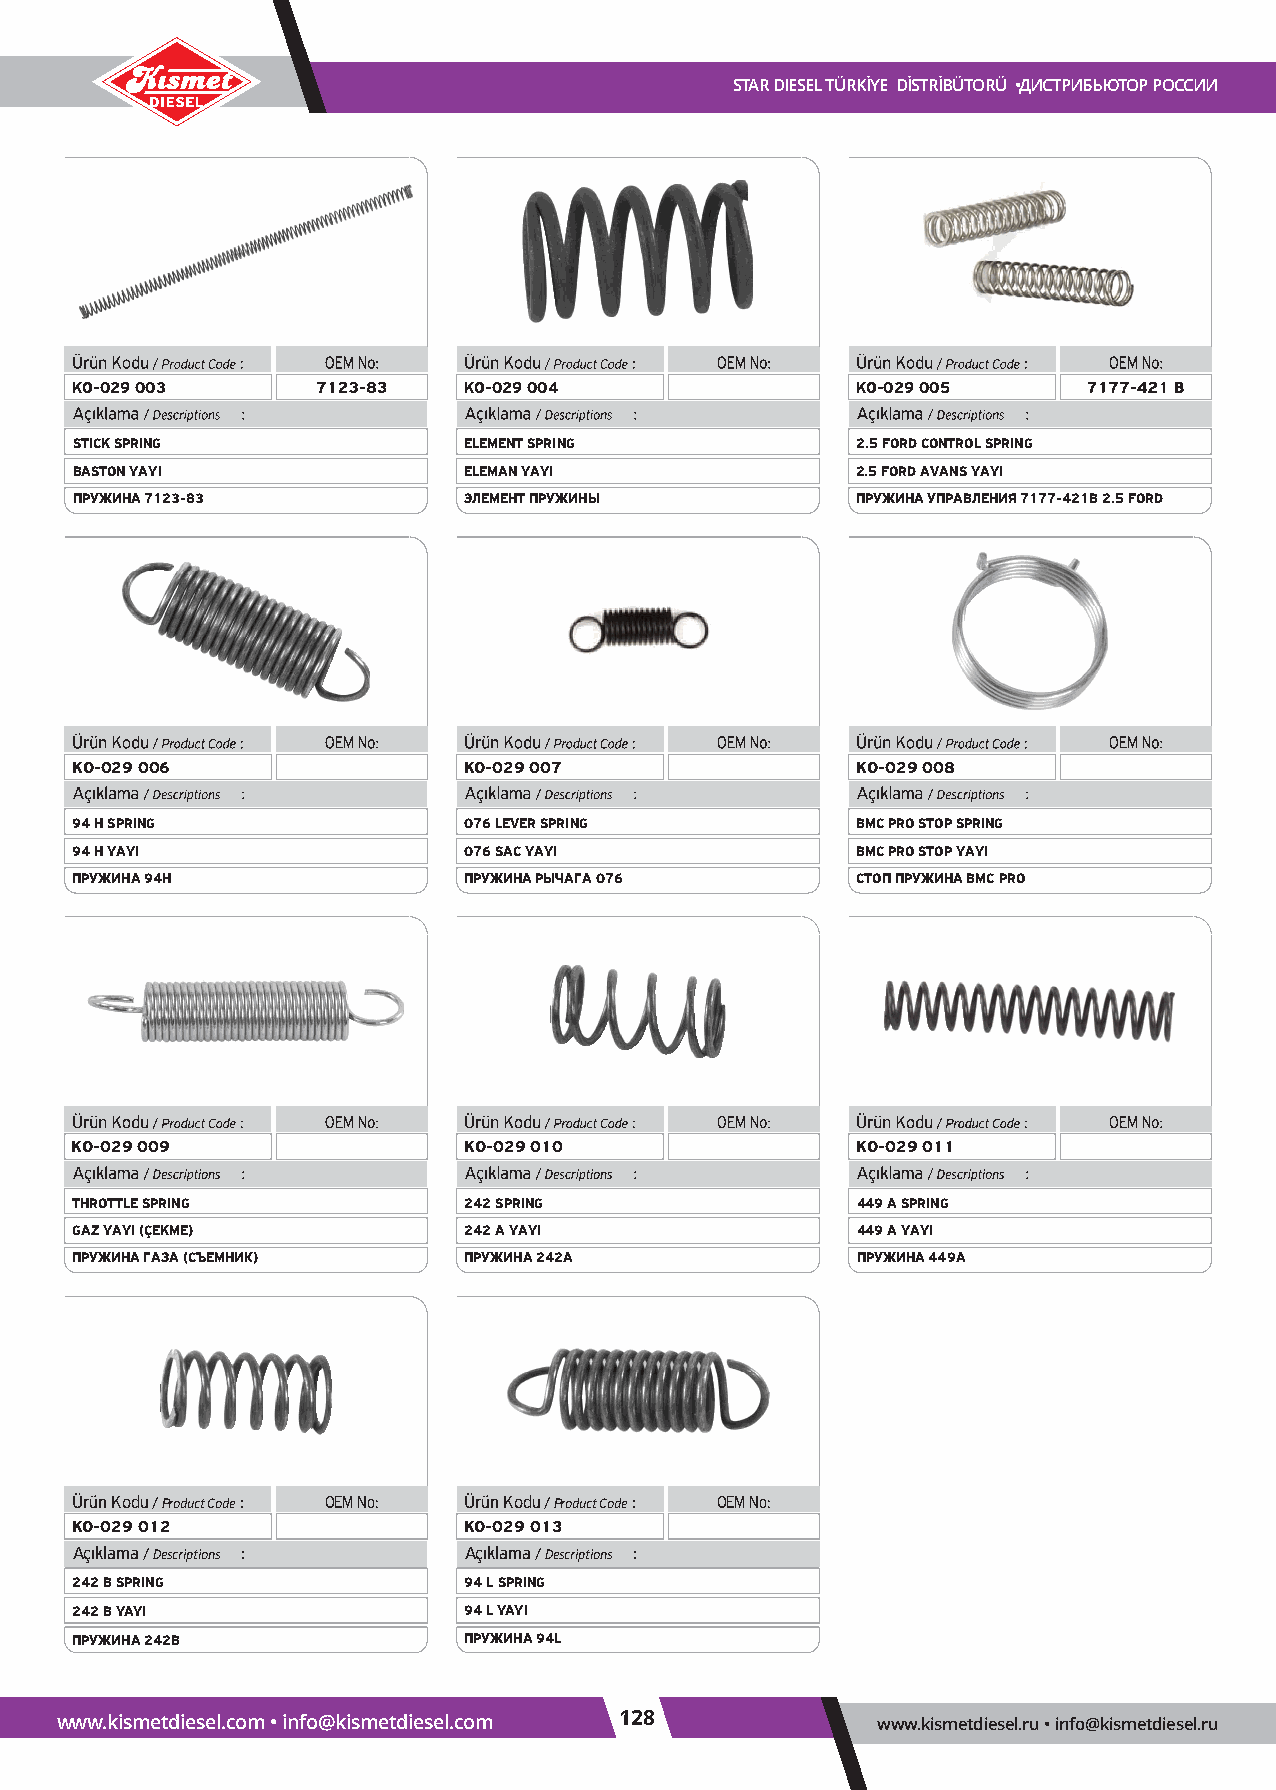
STARDIESELTÜRKİYE DİSTRİBÜTORÜ •ДИСТРИБЬЮТОРРОССИИ
 KO-029 003                KO-029 004                KO-029 005
 STICK SPRING              ELEMENT SPRING            2.5 FORD CONTROL SPRING
 BASTON YAYI               ELEMAN YAYI               2.5 FORD AVANS YAYI
 ПРУЖИНА7123-83            ЭЛЕМЕНТПРУЖИНЫ            ПРУЖИНАУПРАВЛЕНИЯ7177-421B 2.5 FORD
 KO-029006                 KO-029007                 KO-029008
 94 H SPRING               076 LEVER SPRING          BMC PRO STOP SPRING
 94 H YAYI                 076 SAC YAYI              BMC PRO STOP YAYI
 ПРУЖИНА94H                ПРУЖИНАРЫЧАГА076          СТОППРУЖИНАBMC PRO
 KO-029009                 KO-029010                 KO-029011
 THROTTLE SPRING           242 SPRING                449 A SPRING
 GAZ YAYI (ÇEKME)          242 A YAYI                449 A YAYI
 ПРУЖИНАГАЗА(СЪЕМНИК)      ПРУЖИНА242A               ПРУЖИНА449A
 Ürün Kodu/Product Code: OEMNo: Ürün Kodu/Product Code: OEMNo:
 KO-029012                 KO-029013
 Açıklama/Descriptions :   Açıklama/Descriptions :
 242BSPRING                94LSPRING
 242BYAYI                  94LYAYI
 ПРУЖИНА242B               ПРУЖИНА94L
 www.kismetdiesel.com•info@kismetdiesel.com 128        www.kismetdiesel.ru•info@kismetdiesel.ru